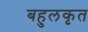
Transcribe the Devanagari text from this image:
बहुलकृत